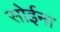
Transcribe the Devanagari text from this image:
सोईना